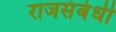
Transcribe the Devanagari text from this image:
राजसंबंधी